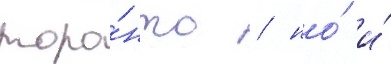
торо́нто / но́ и́